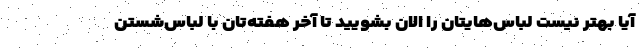
آیا بهتر نیست لباس‌هایتان را الان بشویید تا آخر هفته‌تان با لباس‌شستن